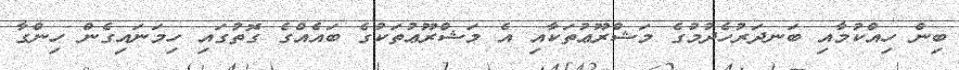
ބިން ހިއްކުމާއި ބަނދަރުހެދުމުގެ މަޝްރޫޢުތަކާއި އެ މަޝްރޫޢުތަކުގެ ބައެއްގެ ގޮތުގައި ހިމަނައިގެން ހިންގާ